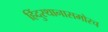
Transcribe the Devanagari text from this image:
हिंदुस्थानासमोरच